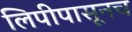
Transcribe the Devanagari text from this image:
लिपीपासूनच